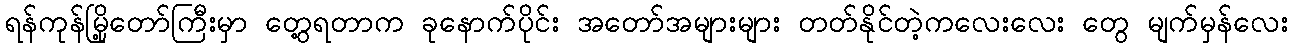
ရန်ကုန်မြို့တော်ကြီးမှာ တွေ့ရတာက ခုနောက်ပိုင်း အတော်အများများ တတ်နိုင်တဲ့ကလေးလေး တွေ မျက်မှန်လေး